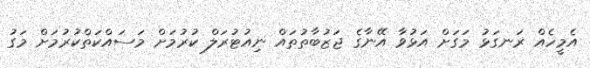
އެމީހެއް ރަނގަޅު މަގަށް އަޅުވާ އޭނާގެ ޖަޒުބާތުތައް ނިއުޓުރަލް ކުރުމަށް މަސައްކަތްކުރުމަށް މަގު